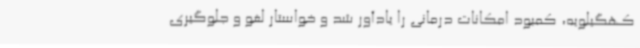
کهگیلویه، کمبود امکانات درمانی را یادآور شد و خواستار لغو و جلوگیری